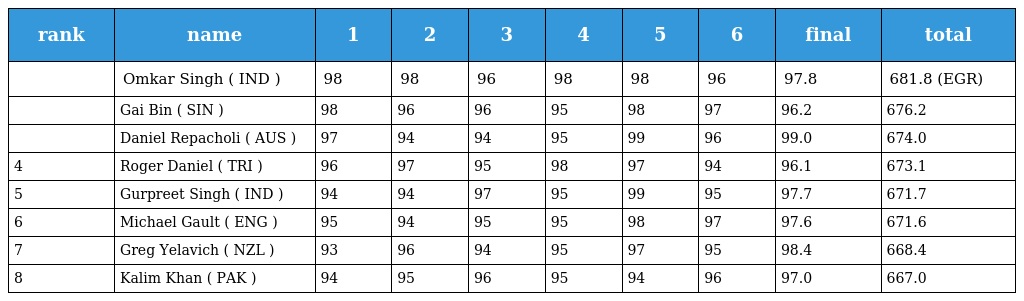
| rank | name | 1 | 2 | 3 | 4 | 5 | 6 | final | total |
 | --- | --- | --- | --- | --- | --- | --- | --- | --- | --- |
 |  | Omkar Singh ( IND ) | 98 | 98 | 96 | 98 | 98 | 96 | 97.8 | 681.8 (EGR) |
 |  | Gai Bin ( SIN ) | 98 | 96 | 96 | 95 | 98 | 97 | 96.2 | 676.2 |
 |  | Daniel Repacholi ( AUS ) | 97 | 94 | 94 | 95 | 99 | 96 | 99.0 | 674.0 |
 | 4 | Roger Daniel ( TRI ) | 96 | 97 | 95 | 98 | 97 | 94 | 96.1 | 673.1 |
 | 5 | Gurpreet Singh ( IND ) | 94 | 94 | 97 | 95 | 99 | 95 | 97.7 | 671.7 |
 | 6 | Michael Gault ( ENG ) | 95 | 94 | 95 | 95 | 98 | 97 | 97.6 | 671.6 |
 | 7 | Greg Yelavich ( NZL ) | 93 | 96 | 94 | 95 | 97 | 95 | 98.4 | 668.4 |
 | 8 | Kalim Khan ( PAK ) | 94 | 95 | 96 | 95 | 94 | 96 | 97.0 | 667.0 |